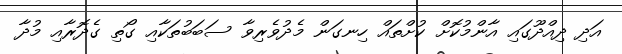
އަދި ދިއްދޫގައި އާންމުކޮށް ކުށްތައް ހިނގަން މެދުވެރިވާ ސަބަބުތަކާއި ގޯތި ގެދޮރާއި މުދާ